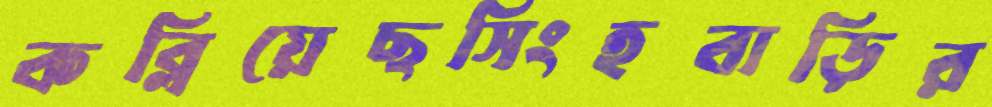
কব্‌লিয়েছসিংহবাড়ির